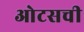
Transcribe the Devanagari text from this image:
ओटसची